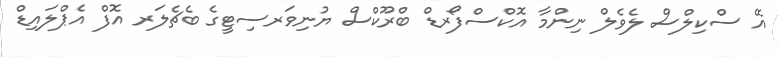
އޭ ސްކިލްސް ލެވެލް ނިންމާ އޮކްސްފޯރޑް ބްރޫކްސް ޔުނިވަރސިޓީގެ ބެޗެލަރ އޮފް އެޕްލައިޑް